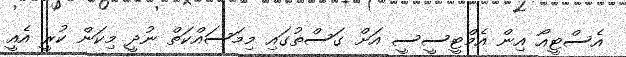
އެސްޓީއޯ އިން އެމްޓީސީސީ އަށް ގަސްތުގައި މިމަސައްކަތް ނުދީ މިކަން ކުރީ އެއީ